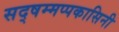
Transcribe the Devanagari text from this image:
सद्षम्मप्पकासिनी